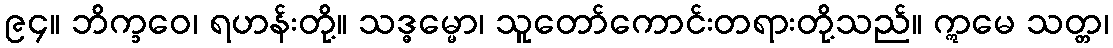
၉၄။ ဘိက္ခဝေ၊ ရဟန်းတို့။ သဒ္ဓမ္မော၊ သူတော်ကောင်းတရားတို့သည်။ ဣမေ သတ္တ၊